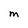
Character: M